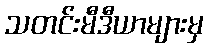
သတင်းမီဒီယာများမှ